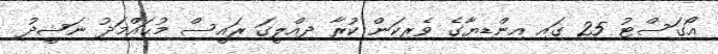
އޯގަސްޓު 25 ގައި އިންޑިޔާގެ ވެރިކަން ކުރާ ދިއްލީގަ ރައީސް މުޙައްމަދު ނަޝީދު